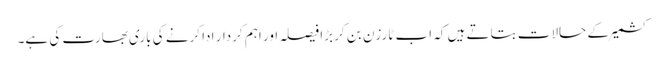
کشمیرکے حالات بتاتے ہیں کہ اب ٹارزن بن کر بڑا فیصلہ اور اہم کردار ادا کرنے کی باری بھارت کی ہے۔